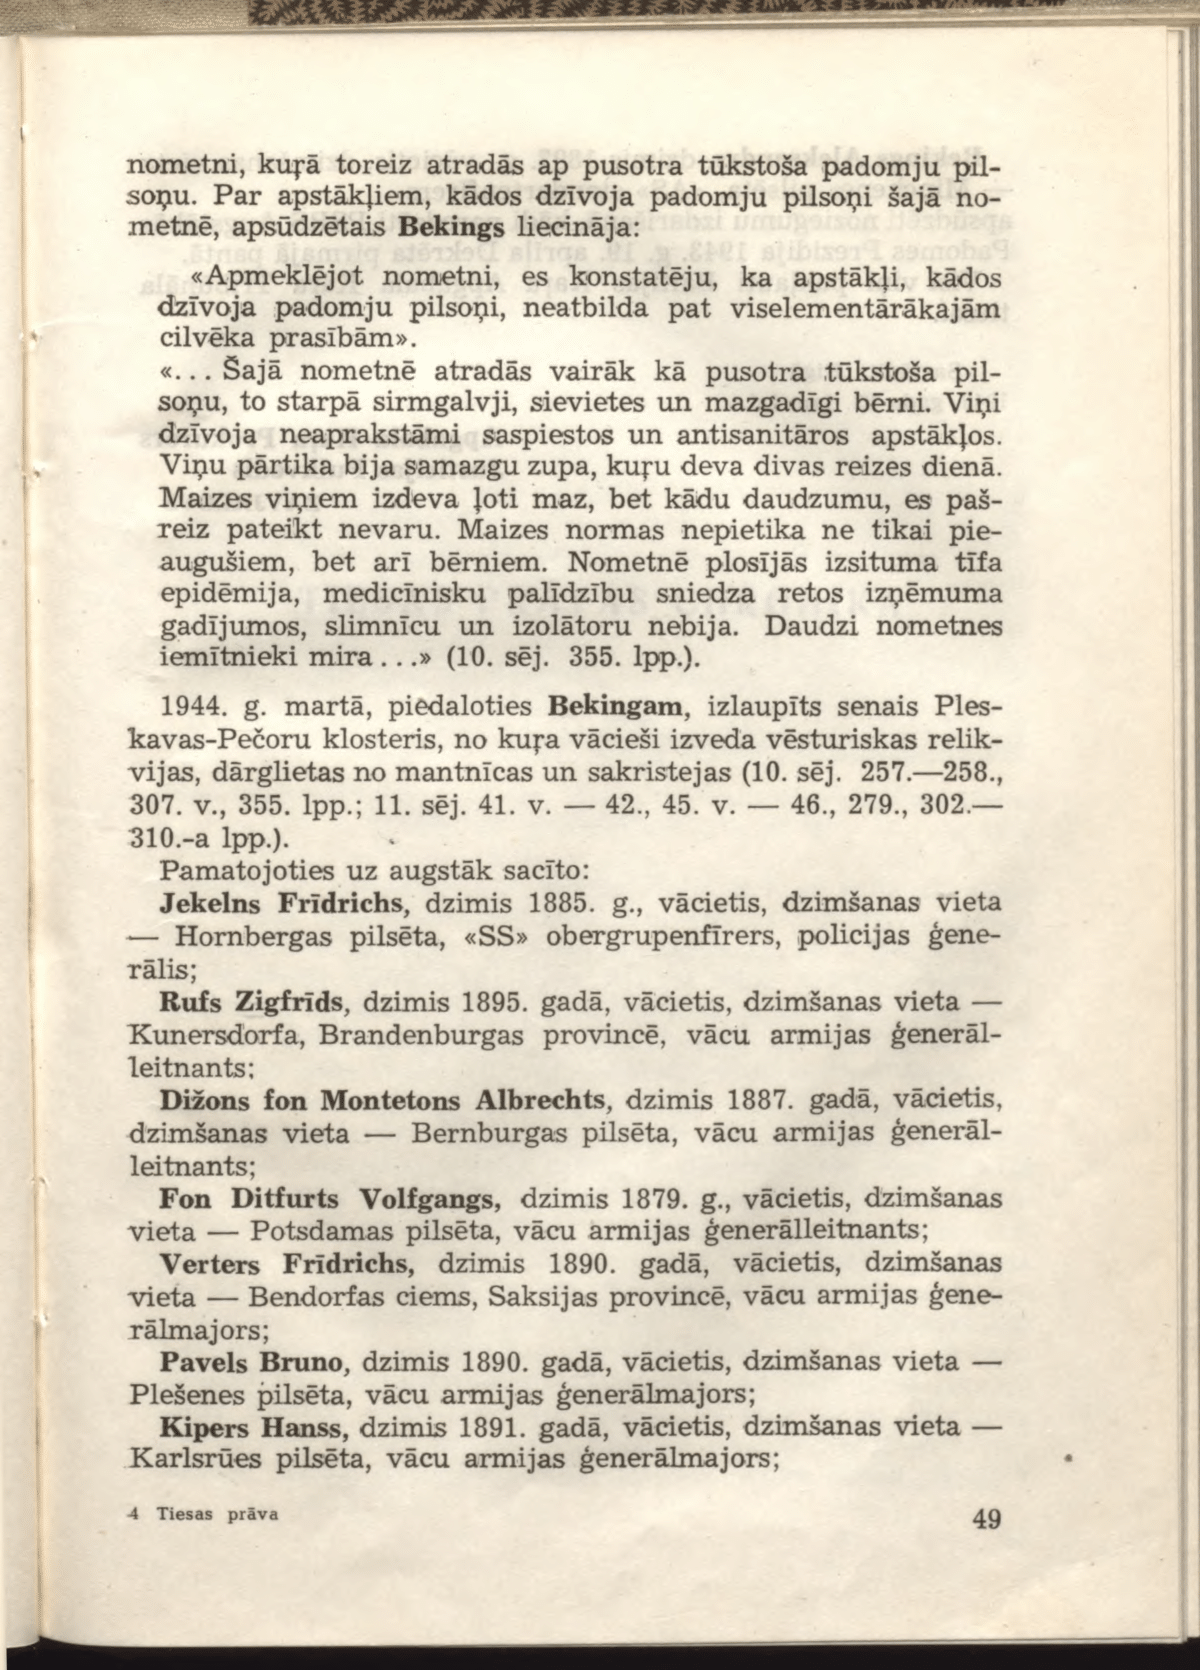
Language: lv